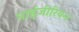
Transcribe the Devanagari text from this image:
नाईजीरियन